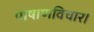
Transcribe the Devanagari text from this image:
पाषाणविचार।